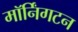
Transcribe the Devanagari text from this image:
मॉर्निंगटन